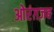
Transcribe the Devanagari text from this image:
ओरंग़ज़ब